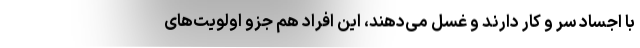
با اجساد سر و کار دارند و غسل می‌دهند، این افراد هم جزو اولویت‌های